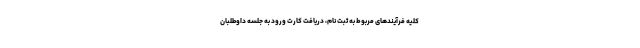
کلیه فرآیندهای مربوط به ثبت نام، دریافت کارت ورود به جلسه داوطلبان